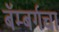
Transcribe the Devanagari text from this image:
बॅम्बर्गचा